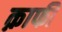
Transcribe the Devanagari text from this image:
क़ाफी